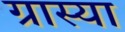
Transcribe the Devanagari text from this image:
ग्रास्या